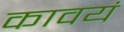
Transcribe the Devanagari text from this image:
कावयं